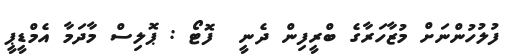
ފުލުހުންނަށް މުޒާހަރާގެ ބްރީފިން ދެނީ  ފޮޓޯ : ޕޮލިސް މާދަމާ އެމްޑީޕީ